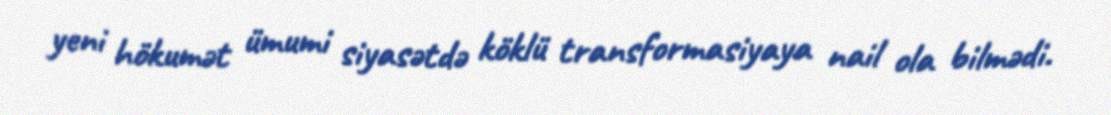
yeni hökumət ümumi siyasətdə köklü transformasiyaya nail ola bilmədi.